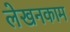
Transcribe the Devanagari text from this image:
लेखनकाम